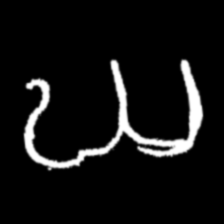
Pyu character \u2014 Myanmar letter: ဃ (romanized: gha)